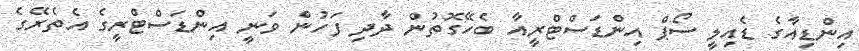
އިންޑިއާގެ ޑެއިލީ ސޯޕް އިންޑަސްޓްރީއާ ބެހޭގޮތުން ދާދި ފަހުން ވަނީ އިންޑަސްޓްރީގެ އެތެރޭގެ